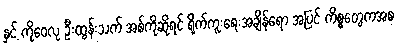
နှင့် ကိုဝေလု ဦးထွန်းသက် အစ်ကိုဆိုရင် ရိုက်ကူးရေးအချိန်ရော အပြင် ကိစ္စတွေကအစ